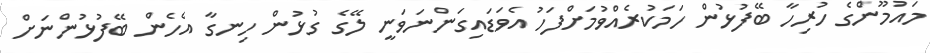
މައުމޫންގެ ހުރިހާ ބޭފުޅުން ހަމަކުރެއްވުމަށްފަހު އެވަޑައިގަންނަވަނީ ލޭގެ ގުޅުން ހިނގާ އެހެން ބޭފުޅުންނަށް